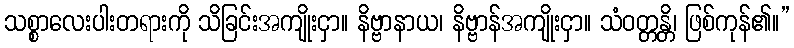
သစ္စာလေးပါးတရားကို သိခြင်းအကျိုးငှာ။ နိဗ္ဗာနာယ၊ နိဗ္ဗာန်အကျိုးငှာ။ သံဝတ္တန္တိ၊ ဖြစ်ကုန်၏။”